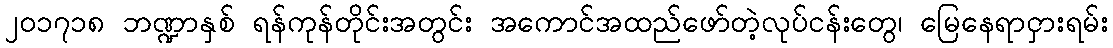
၂၀၁၇၁၈ ဘဏ္ဍာနှစ် ရန်ကုန်တိုင်းအတွင်း အကောင်အထည်ဖော်တဲ့လုပ်ငန်းတွေ၊ မြေနေရာငှားရမ်း